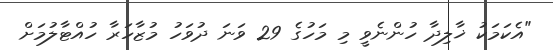
"އެކަމަކު ޚާލިދާ ހުންނެވީ މި މަހުގެ 29 ވަނަ ދުވަހު މުޒާހަރާ ހުއްޓާލުމަށް